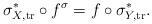
LaTeX: \begin{align*} \sigma_{X, \mathrm{tr}}^* \circ f^\sigma = f \circ \sigma_{Y, \mathrm{tr}}^*.\end{align*}